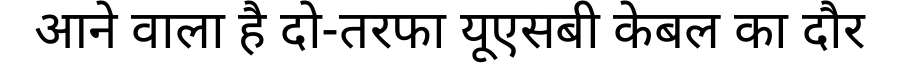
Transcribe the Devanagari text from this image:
आने वाला है दो-तरफा यूएसबी केबल का दौर